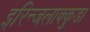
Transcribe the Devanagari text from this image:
इरिन्जलाक्कुडा